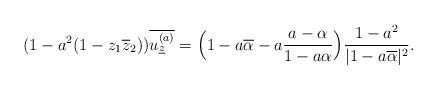
LaTeX: \begin{align*} (1 - a^2 (1 - z_1\overline{z}_2))\overline{u^{(a)}_{\underline{z}}} = \Big( 1 - a\overline{\alpha} -a\frac{a-\alpha}{1-a\alpha}\Big) \frac{1-a^2}{|1-a\overline{\alpha}|^2}.\end{align*}